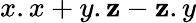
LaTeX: x.x+y.\mathbf{z}-\mathbf{z}.y